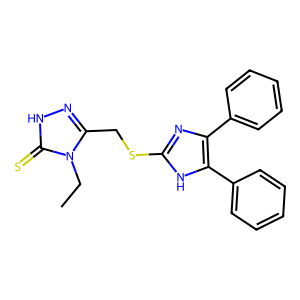
SMILES: CCn1c(CSc2nc(-c3ccccc3)c(-c3ccccc3)[nH]2)n[nH]c1=S
Inhibits HIV replication: No